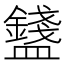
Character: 𥃒